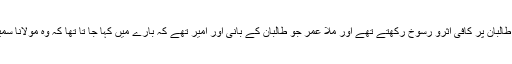
مولانا سمیع الحق افغان طالبان پر کافی اثرو رسوخ رکھتے تھے اور ملا عمر جو طالبان کے بانی اور امیر تھے کہ بارے میں کہا جا تا تھا کہ وہ مولانا سمیع الحق کے شاگرد ہیں۔